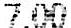
7.00